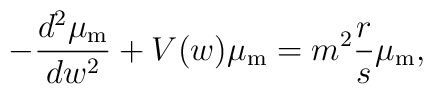
- \frac{d^2\mu_{{\rm m}}}{dw^2} + V(w) \mu_{{\rm m}} = m^2 \frac{r}{s} \mu_{\rm m},